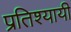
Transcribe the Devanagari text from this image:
प्रतिश्यायी